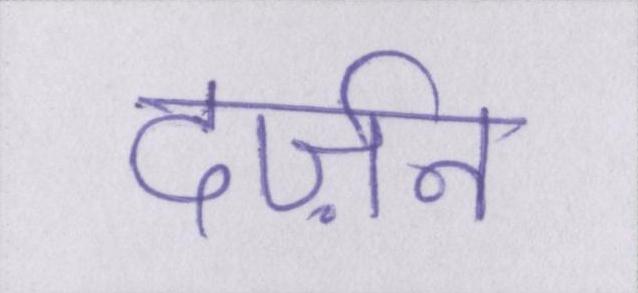
दर्ज़न